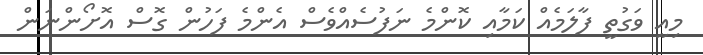
މިއީ ވަގުތީ ފާލަމެއް ކަމާއި ކޮންމެ ނަފުސެއްވެސް އެންމެ ފަހުން ގޮސް އޮށޯންނަން